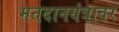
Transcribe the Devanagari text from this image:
मतदानयंत्रावर